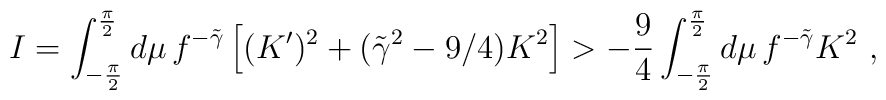
I= \int^{\pi\over 2}_{-{\pi\over 2}} d\mu \, f^{-\tilde{\gamma}}  \left[(K')^2 + (\tilde{\gamma}^2-9/4) K^2\right] > {-{9\over 4}}\int^{\pi\over 2}_{-{\pi\over 2}} d\mu \, f^{-\tilde{\gamma}}  K^2\ ,